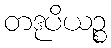
တဒုပိယဉ္စ